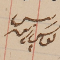
رئيس يوسف زينه